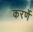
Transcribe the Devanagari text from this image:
करर्णे